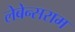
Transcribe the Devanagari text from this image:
लेबेन्सराम